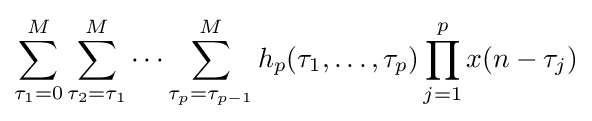
\sum _{\tau _{1}=0}^{M}\sum _{\tau _{2}=\tau _{1}}^{M}\cdots \sum _{\tau _{p}=\tau _{p-1}}^{M}h_{p}(\tau _{1},\dots ,\tau _{p})\prod _{j=1}^{p}x(n-\tau _{j})